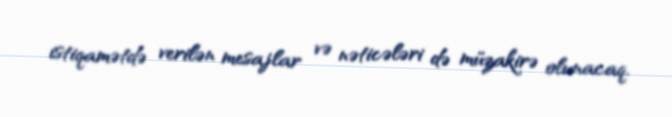
istiqamətdə verilən mesajlar və nəticələri də müzakirə olunacaq.